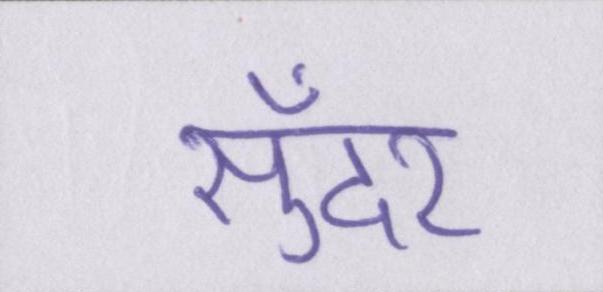
सुँदर